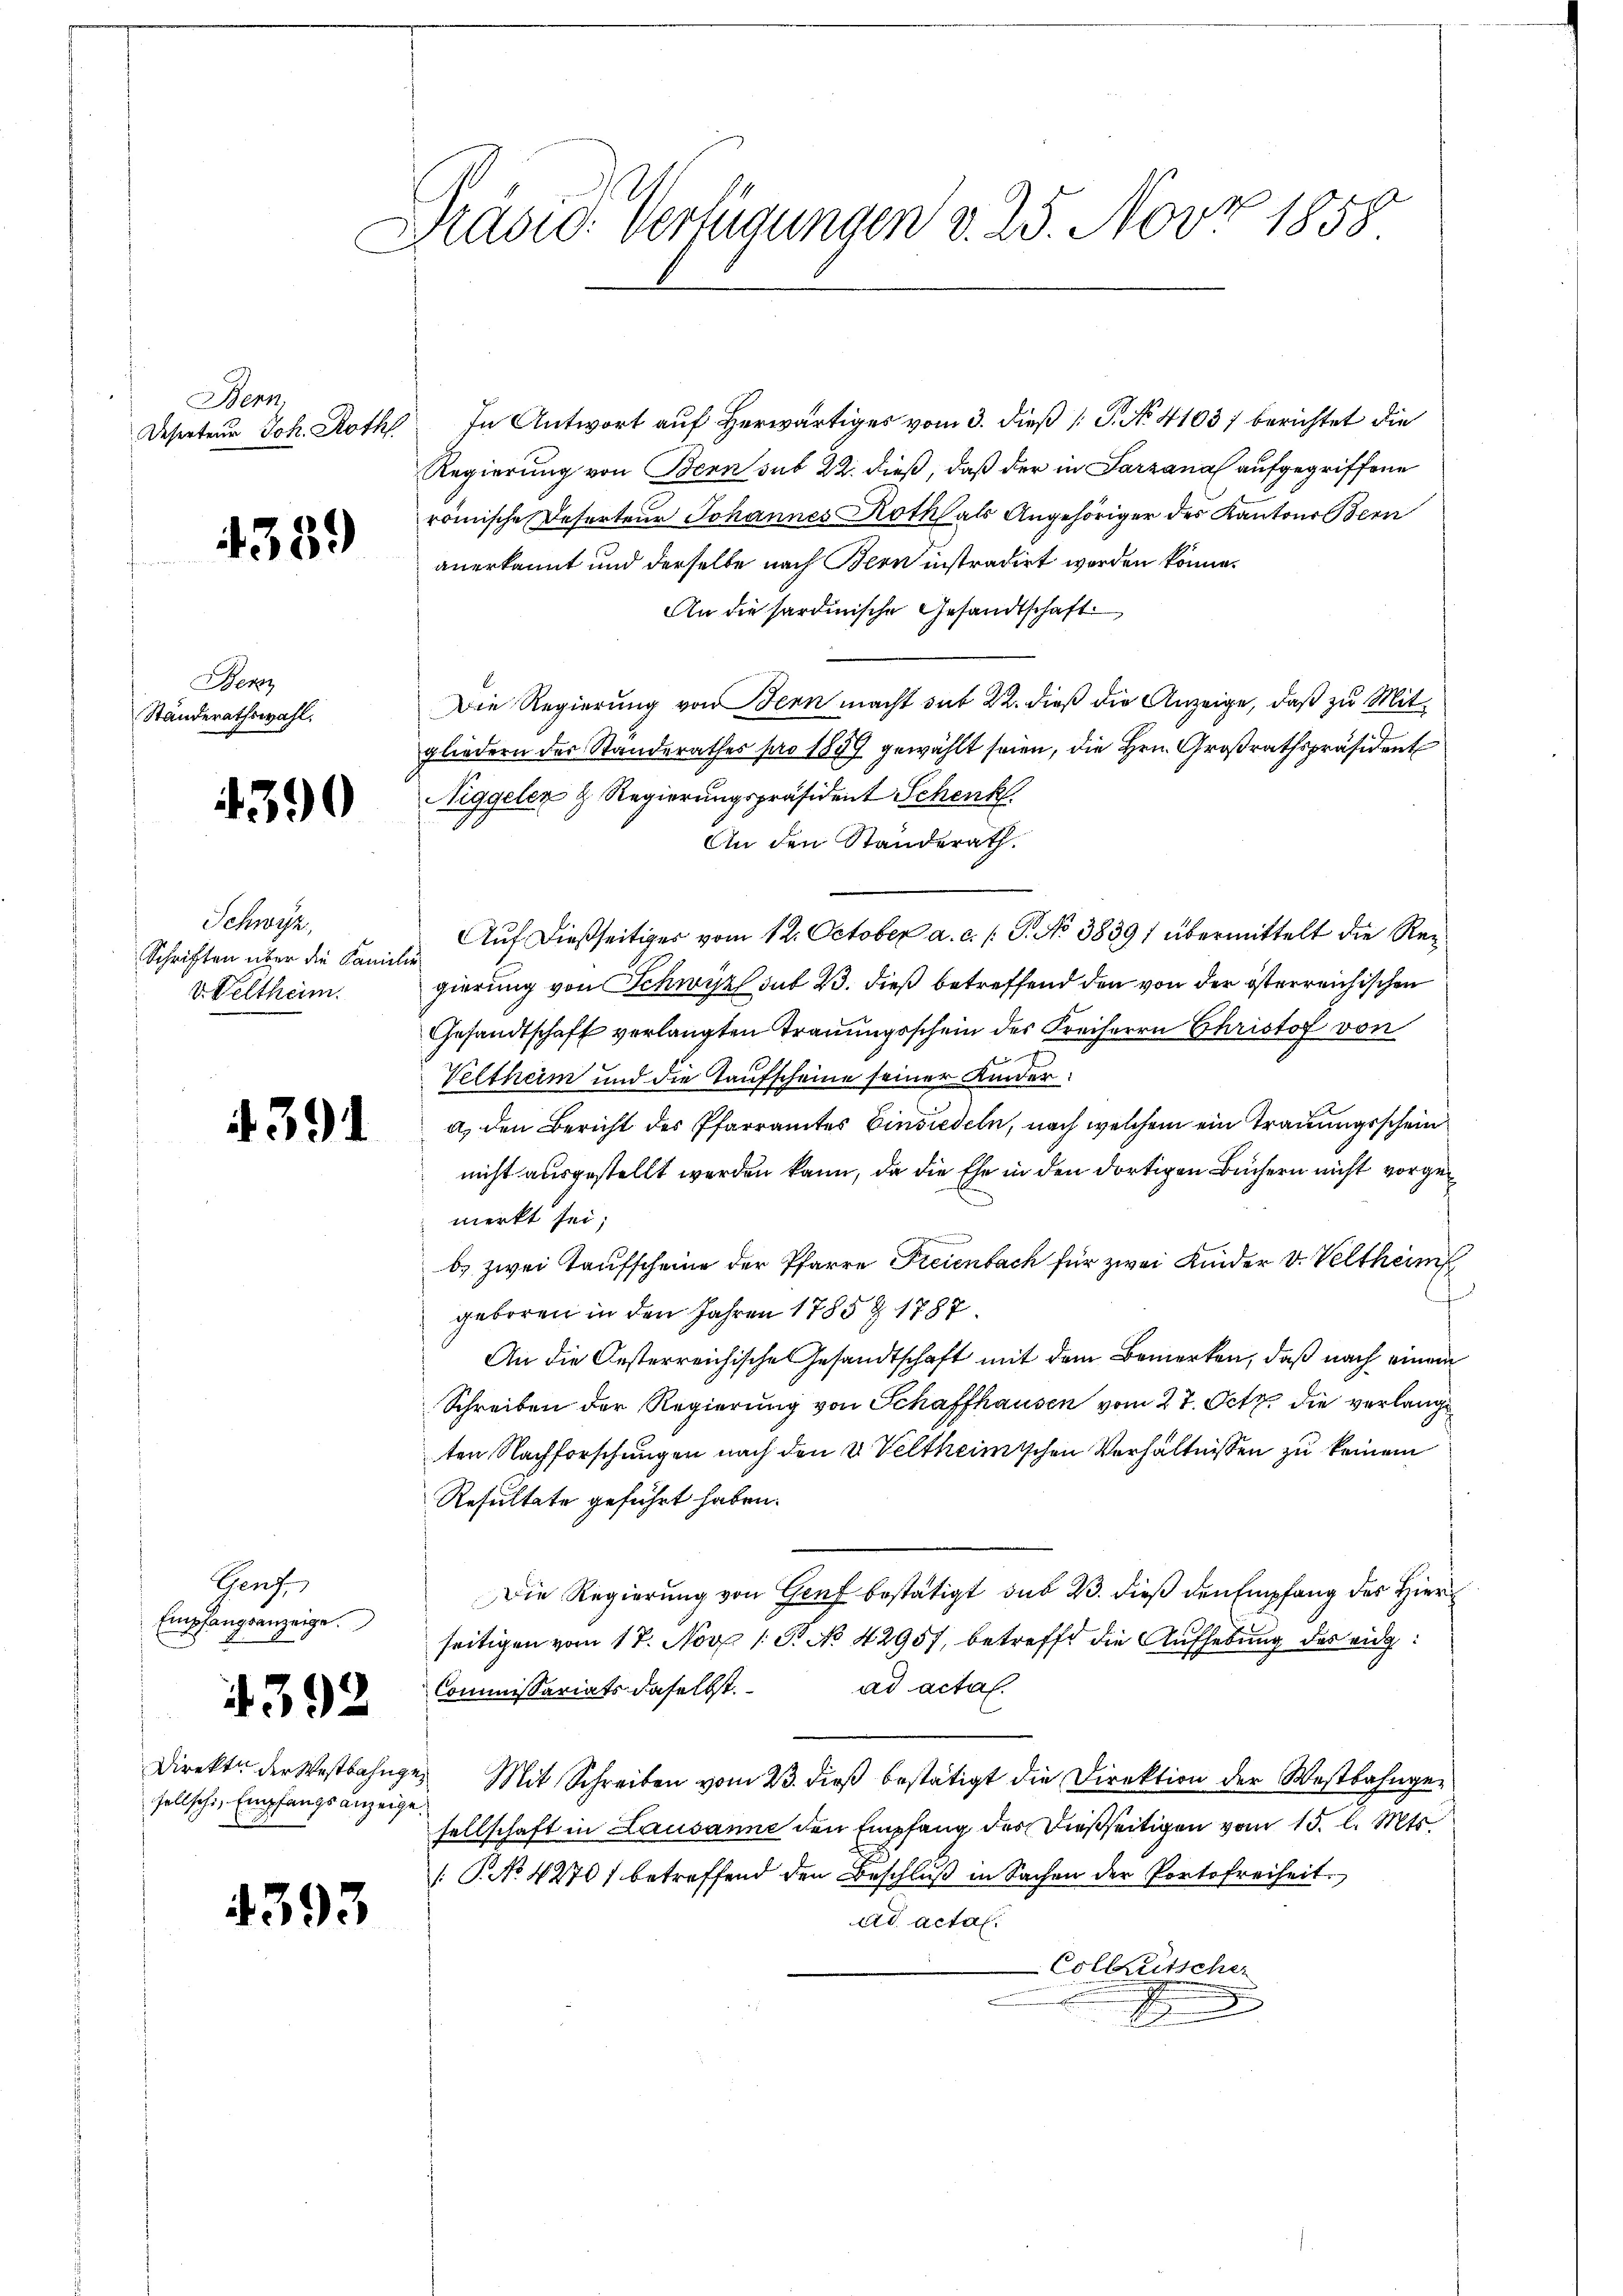
Bern,
Deserteur Joh. Roth

4359

Berz
Ständerathswahl.

4390

Schwyz,
Schriften über die Kanin
v. Veltheim.

4391

Genf
Empfangsanzeige.

4392

Direkte der Westbahngesellschi, Empfangsanzeige.

Dravio: Verfügungen d. 25. Nov. 1858

4393

In Antwort auf Herwärtiges vom 3. dieß [G. No 4103) berichtet die
Regierung von Bern sub 22. dieß, daß der in Parzanal aufgegriffene
römische Referteur Johannes Rothfals Angehöriger des Kantons Bern
anerkannt und derselbe nach Bern instradirt worden könne.
An die sardinische Gesandtschaft
Die Regierung von Bern macht sub 22. dieß die Anzeige, daß zu Mitgliedern des Standerathes pro 1849 gewählt seien, die Hrn. Großrathspräsident
Niggeler & Regierungspräsident Schenk
An den Standerath.
Auf dießseitiges vom 12. October a. c. /: P. No 38391 übermittelt die Regierung von Schwyz sub 23. dieß betreffend den von der österreichischen
Gesandtschaft verlangten Trauungsschein des Freiherrn Christof von
d
Veltheim und die Taufscheine seiner Kindera) den Bericht des Pfarramtes Einsiedeln, nach welchem ein Trauungsschein
nicht ausgestellt werden kann, da die Ehe in den dortigen Büchern nicht vorge
merkt sei;
b.) zwei Taufscheine der Pfarre Freienbach für zwei Kinder v. Veltheim
geboren in den Jahren 1785 Z 1787.
An die Oesterreichische Gesandtschaft mit dem Bemerken, daß nach einem
Schreiben der Regierung von Schaffhausen vom 27. Octb. die verlange
ten Nachforschungen nach den & Veltheimischen Verhältnissen zu keinem
Resultate geführt haben.
Die Regierung von Genf bestätigt das 23. dieß den Empfang des Hierseitigen vom 17. Nov. 1. P. No 42957, betreffe die Aufhebung des eig¬
Commissariats daselbst. ad actal.
 Mit Schreiben vom 23. dieβ bestätigt die Direktion der Westbahngesellschaft in Lausanne den Empfang des dießseitigen vom 15. l. Mts.
P.No 4270) betreffend den Beschluß in Sachen der Portofreiheit.
ad actal.
Colleutscher
E